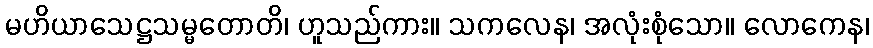
မဟိယာသေဋ္ဌသမ္မတောတိ၊ ဟူသည်ကား။ သကလေန၊ အလုံးစုံသော။ လောကေန၊